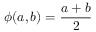
\phi ( a , b ) = \frac { a + b } { 2 }